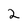
Character: 2